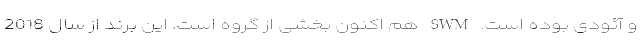
و آئودی بوده است. SWM هم اکنون بخشی از گروه است. این برند از سال 2018